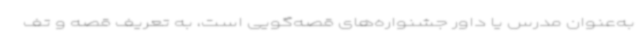
به‌عنوان مدرس یا داور جشنواره‌های قصه‌گویی است، به تعریف قصه و تف